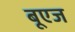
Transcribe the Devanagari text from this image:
बूएज